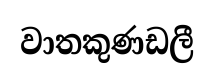
වාතකුණඩලී